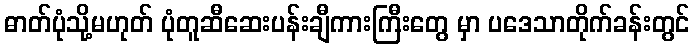
ဓာတ်ပုံသို့မဟုတ် ပုံတူဆီဆေးပန်းချီကားကြီးတွေ မှာ ပဒေသာတိုက်ခန်းတွင်